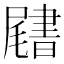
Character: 𡳩